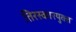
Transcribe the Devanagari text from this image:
तिरस्कारयुक्त